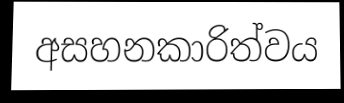
අසහනකාරිත්වය